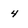
Character: 4